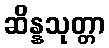
ဆိန္နသုတ္တာ